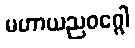
မဟာယညဝဂ္ဂေါ